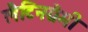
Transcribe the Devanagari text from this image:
लैटिनग्रैमी